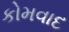
કોમવાદ